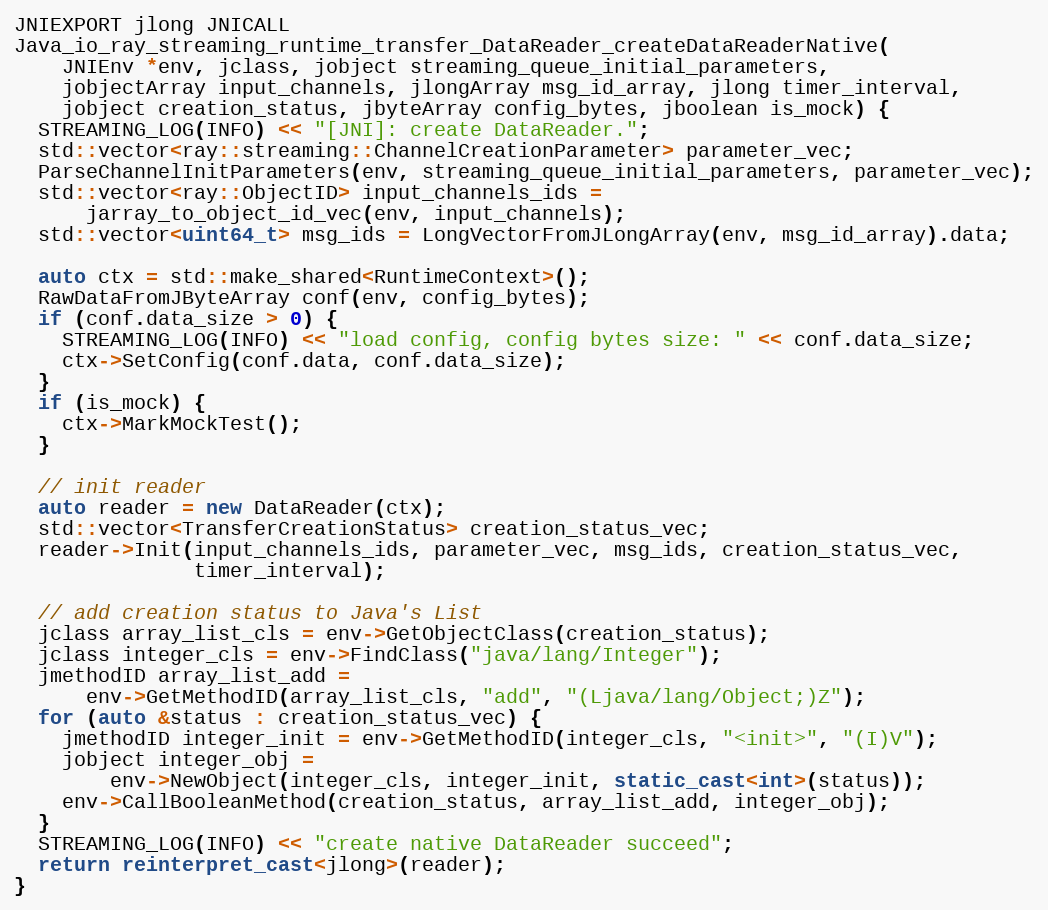
Language: C++
JNIEXPORT jlong JNICALL
Java_io_ray_streaming_runtime_transfer_DataReader_createDataReaderNative(
    JNIEnv *env, jclass, jobject streaming_queue_initial_parameters,
    jobjectArray input_channels, jlongArray msg_id_array, jlong timer_interval,
    jobject creation_status, jbyteArray config_bytes, jboolean is_mock) {
  STREAMING_LOG(INFO) << "[JNI]: create DataReader.";
  std::vector<ray::streaming::ChannelCreationParameter> parameter_vec;
  ParseChannelInitParameters(env, streaming_queue_initial_parameters, parameter_vec);
  std::vector<ray::ObjectID> input_channels_ids =
      jarray_to_object_id_vec(env, input_channels);
  std::vector<uint64_t> msg_ids = LongVectorFromJLongArray(env, msg_id_array).data;

  auto ctx = std::make_shared<RuntimeContext>();
  RawDataFromJByteArray conf(env, config_bytes);
  if (conf.data_size > 0) {
    STREAMING_LOG(INFO) << "load config, config bytes size: " << conf.data_size;
    ctx->SetConfig(conf.data, conf.data_size);
  }
  if (is_mock) {
    ctx->MarkMockTest();
  }

  // init reader
  auto reader = new DataReader(ctx);
  std::vector<TransferCreationStatus> creation_status_vec;
  reader->Init(input_channels_ids, parameter_vec, msg_ids, creation_status_vec,
               timer_interval);

  // add creation status to Java's List
  jclass array_list_cls = env->GetObjectClass(creation_status);
  jclass integer_cls = env->FindClass("java/lang/Integer");
  jmethodID array_list_add =
      env->GetMethodID(array_list_cls, "add", "(Ljava/lang/Object;)Z");
  for (auto &status : creation_status_vec) {
    jmethodID integer_init = env->GetMethodID(integer_cls, "<init>", "(I)V");
    jobject integer_obj =
        env->NewObject(integer_cls, integer_init, static_cast<int>(status));
    env->CallBooleanMethod(creation_status, array_list_add, integer_obj);
  }
  STREAMING_LOG(INFO) << "create native DataReader succeed";
  return reinterpret_cast<jlong>(reader);
}